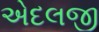
એદલજી